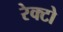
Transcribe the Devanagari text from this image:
रेक्टो